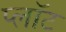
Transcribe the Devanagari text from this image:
प्‍लॉट